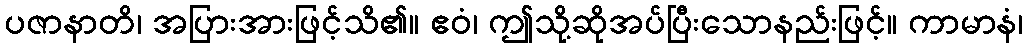
ပဇာနာတိ၊ အပြားအားဖြင့်သိ၏။ ဧဝံ၊ ဤသို့ဆိုအပ်ပြီးသောနည်းဖြင့်။ ကာမာနံ၊